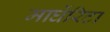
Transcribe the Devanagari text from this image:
मार्घेरिटा